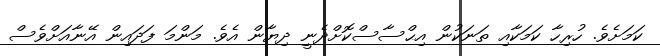
ކަމަށެވެ. ހުރިހާ ކަމަކާއި ތަނަކުން އިޙްސާސްކޮށްދެނީ ދިޔާން އެވެ. މަންމަ ފަދައިން އޭނާއަށްވެސް